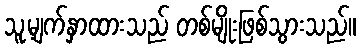
သူ့မျက်နှာထားသည် တစ်မျိုးဖြစ်သွားသည်။